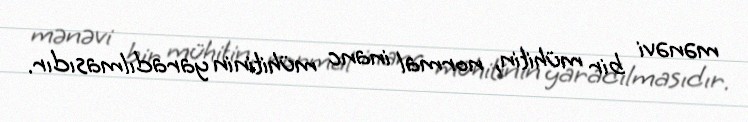
mənəvi bir mühitin, normal inanc mühitinin yaradılmasıdır.